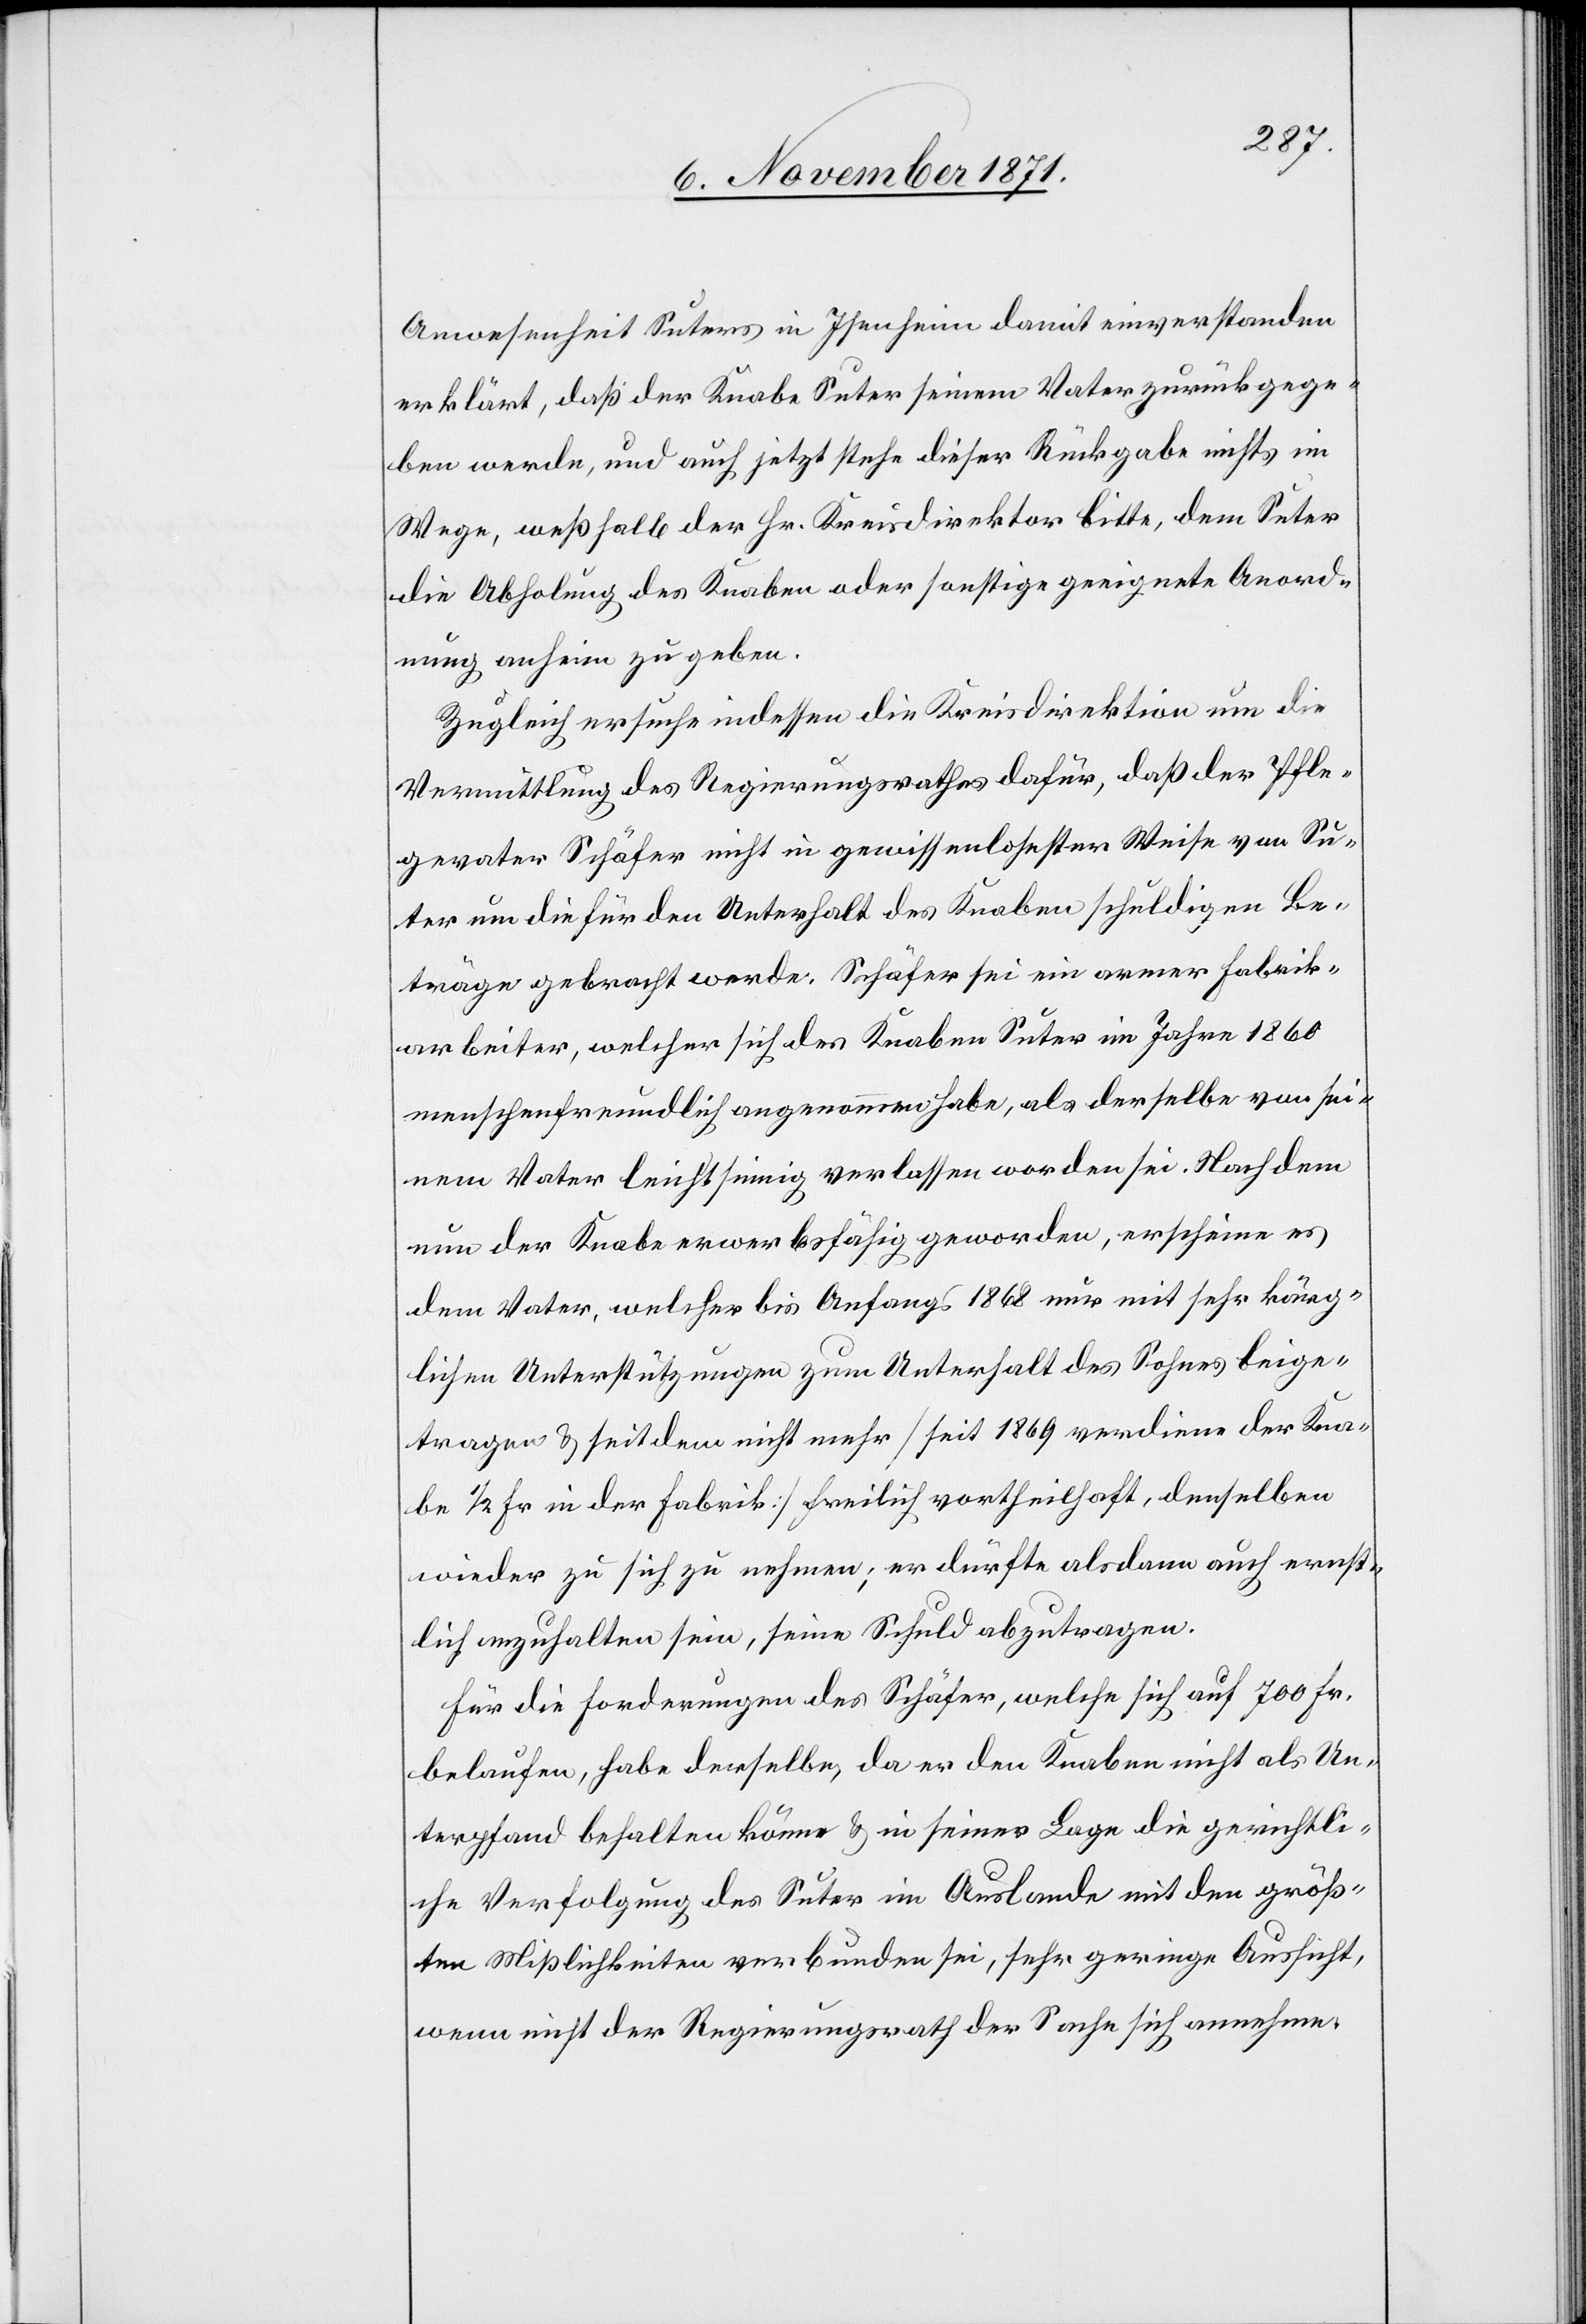
Anwesenheit Suters in Isenheim damit einverstanden
erklärt, daß der Knabe Suter seinem Vater zurückgege¬
ben werde, und auch jetzt stehe dieser Rückgabe nichts im
Wege, weßhalb der Hr. Kreisdirektor bitte, dem Suter
die Abholung des Knaben oder sonstige geeignete Anord¬
nung anhin zu geben.
Zugleich ersuche indessen die Kreisdirektion um die
Vermittlung des Regierungsrathes dafür, daß der Pfle¬
gevater Schäfer nicht in gewissenlosester Weise von Su¬
ter um die für den Unterhalt des Knaben schuldigen Be¬
träge gebracht werde. Schäfer sei ein armer Fabrik¬
arbeiter, welcher sich des Knaben Suter im Jahre 1860
menschenfreundlich angenommen habe, als derselbe von sei¬
nem Vater leichtsinnig verlassen worden sei. Nachdem
nun der Knabe erwerbsfähig geworden, erscheine es
dem Vater, welcher bis Anfang 1868 nur mit sehr kärg¬
lichen Unterstützungen zum Unterhalt des Sohnes beige¬
tragen & seitdem nicht mehr [seit 1869 verdiene der Kna¬
be 1/2 Fr. in der Fabrik] freilich vortheilhaft, denselben
wieder zu sich zu nehmen; er dürfte alsdann auch ernst¬
lich anzuhalten sein, seine Schuld abzutragen.
Für die Forderungen des Schäfer, welche sich auf 700 Fr.
belaufen, habe derselbe, da er den Knaben nicht als Un¬
terpfand behalten könne & in seiner Lage die Gerichtli¬
che Verfolgung den Suter im Auslande mit dem größ¬
ten Mißlichkeiten verbunden sei, sehr geringe Aussicht,
wenn nicht der Regierungsrath der Sache sich annehme